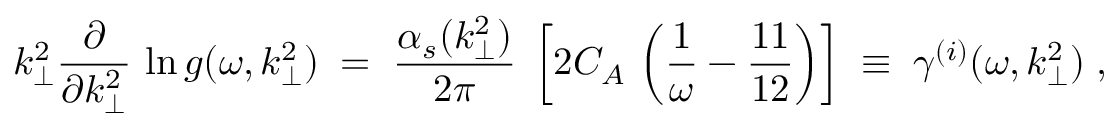
k _ { \perp } ^ { 2 } \frac { \partial } { \partial k _ { \perp } ^ { 2 } } \, \ln g ( \omega , k _ { \perp } ^ { 2 } ) \; = \; \frac { \alpha _ { s } ( k _ { \perp } ^ { 2 } ) } { 2 \pi } \; \left[ 2 C _ { A } \, \left( \frac { 1 } { \omega } - \frac { 1 1 } { 1 2 } \right) \right] \; \equiv \; \gamma ^ { ( i ) } ( \omega , k _ { \perp } ^ { 2 } ) \; ,